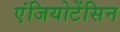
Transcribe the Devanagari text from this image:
एंजियोटेंसिन